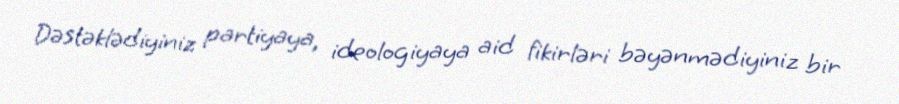
Dəstəklədiyiniz partiyaya, ideologiyaya aid fikirləri bəyənmədiyiniz bir